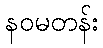
နဝမတန်း